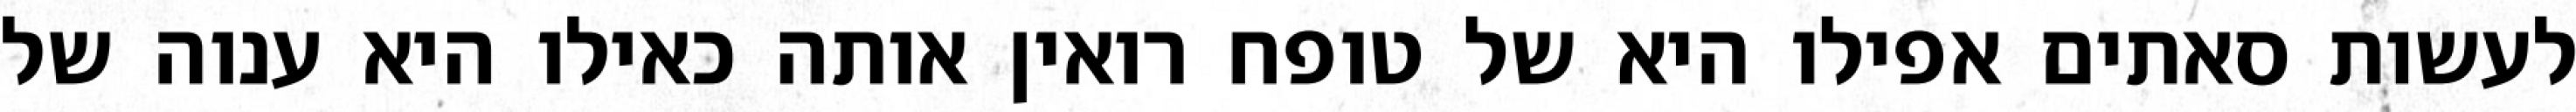
לעשות סאתים אפילו היא של טופח רואין אותה כאילו היא ענוה של